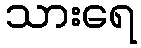
သားရေ